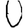
Digit: 0